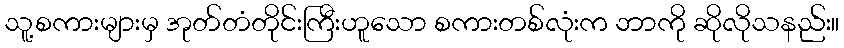
သူ့စကားများမှ အုတ်တံတိုင်းကြီးဟူသော စကားတစ်လုံးက ဘာကို ဆိုလိုသနည်း။